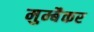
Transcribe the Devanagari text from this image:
मुम्बैकर